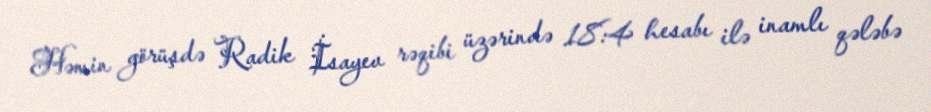
Həmin görüşdə Radik İsayev rəqibi üzərində 18:4 hesabı ilə inamlı qələbə